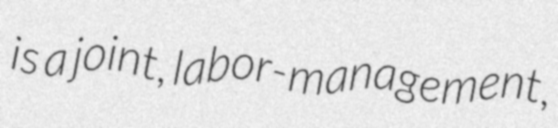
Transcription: is a joint, labor-management,